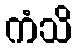
ကံသိ